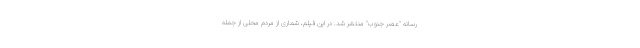
رسانه "عصر جنوب" منتشر شد. در این فیلم، شماری از مردم محلی از جمله